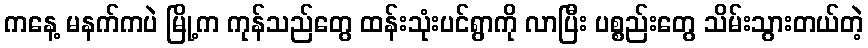
ကနေ့ မနက်ကပဲ မြို့က ကုန်သည်တွေ ထန်းသုံးပင်ရွာကို လာပြီး ပစ္စည်းတွေ သိမ်းသွားတယ်တဲ့